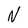
Character: N